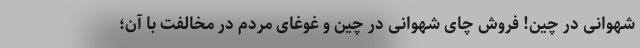
شهوانی در چین! فروش چای شهوانی در چین و غوغای مردم در مخالفت با آن؛